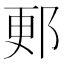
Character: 郠